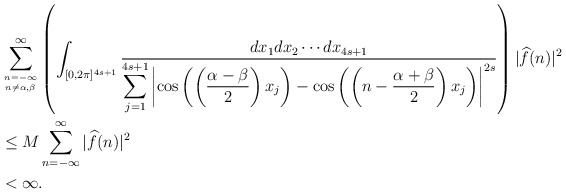
\begin{align*}&\sum_{{n=-\infty}\atop{n\ne \alpha,\beta}}^{\infty}\left(\int_{[0,2\pi]^{4s+1}}\frac{dx_1dx_2\cdots dx_{4s+1}} { \displaystyle\sum_{j=1}^{4s+1}\left|\cos\left(\left(\frac{\alpha-\beta}{2}\right)x_j\right)-\cos \left(\left(n-\frac{\alpha+\beta}{2}\right)x_j\right)\right|^{2s}}\right) |{\widehat f}(n)|^2 \\&\le M\sum_{n=-\infty}^{\infty}|{\widehat f}(n)|^2\\&<\infty.\end{align*}